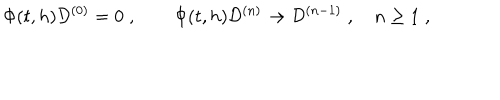
LaTeX: \Phi ( t , h ) { \cal D } ^ { ( 0 ) } = 0 \; , \qquad \Phi ( t , h ) { \cal D } ^ { ( n ) } \rightarrow { \cal D } ^ { ( n - 1 ) } \; , \quad n \geq 1 \; , \nonumber